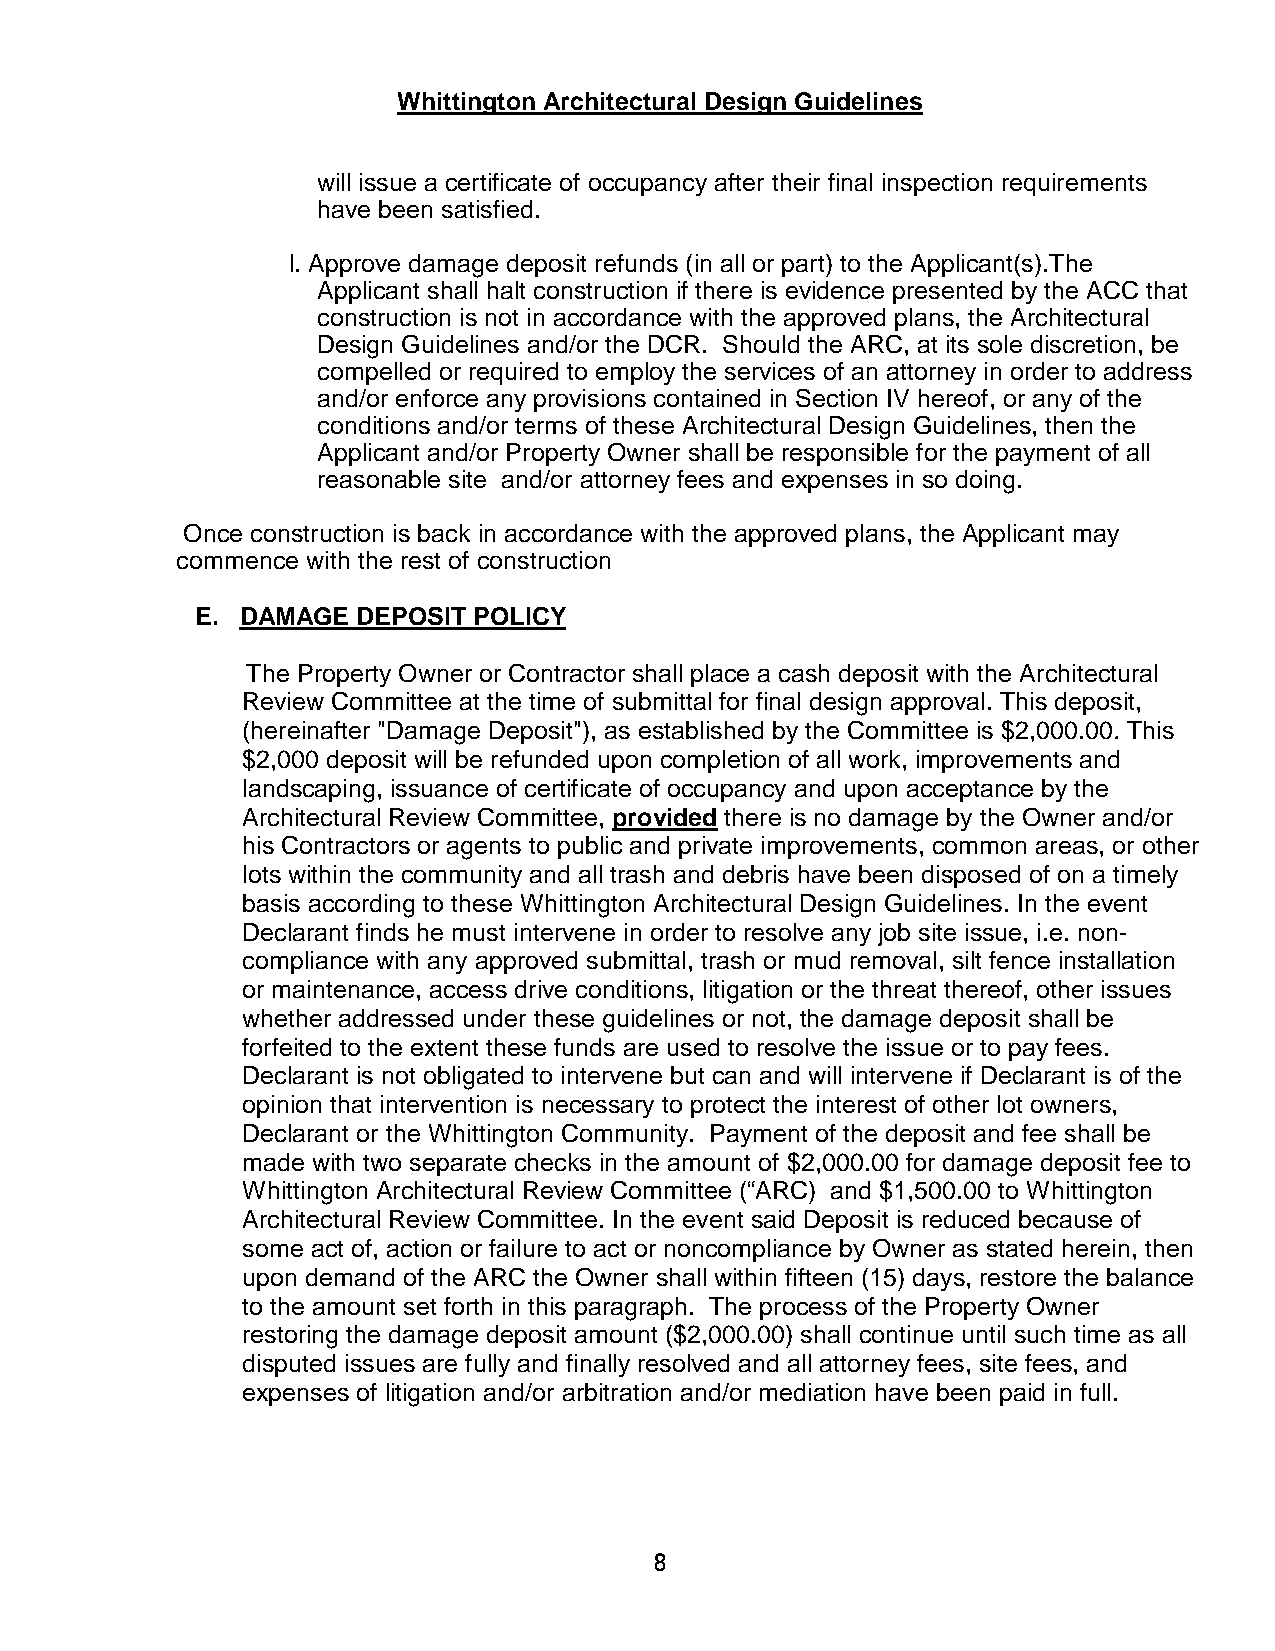
Whittington Architectural Design Guidelines
 will issue a certificate of occupancy after their final inspection requirements
 have been satisfied.
 l. Approve damage deposit refunds (in all or part) to the Applicant(s).The
 Applicant shall halt construction if there is evidence presented by the ACC that
 construction is not in accordance with the approved plans, the Architectural
 Design Guidelines and/or the DCR. Should the ARC, at its sole discretion, be
 compelled or required to employ the services of an attorney in order to address
 and/or enforce any provisions contained in Section IV hereof, or any of the
 conditions and/or terms of these Architectural Design Guidelines, then the
 Applicant and/or Property Owner shall be responsible for the payment of all
 reasonable site and/or attorney fees and expenses in so doing.
 Once construction is back in accordance with the approved plans, the Applicant may
 commence with the rest of construction
 E. DAMAGE  DEPOSIT POLICY
 The Property Owner or Contractor shall place a cash deposit with the Architectural
 Review Committee at the time of submittal for final design approval. This deposit,
 (hereinafter "Damage Deposit"), as established by the Committee is $2,000.00. This
 $2,000 deposit will be refunded upon completion of all work, improvements and
 landscaping, issuance of certificate of occupancy and upon acceptance by the
 Architectural Review Committee, provided there is no damage by the Owner and/or
 his Contractors or agents to public and private improvements, common areas, or other
 lots within the community and all trash and debris have been disposed of on a timely
 basis according to these Whittington Architectural Design Guidelines. In the event
 Declarant finds he must intervene in order to resolve any job site issue, i.e. non-
 compliance with any approved submittal, trash or mud removal, silt fence installation
 or maintenance, access drive conditions, litigation or the threat thereof, other issues
 whether addressed under these guidelines or not, the damage deposit shall be
 forfeited to the extent these funds are used to resolve the issue or to pay fees.
 Declarant is not obligated to intervene but can and will intervene if Declarant is of the
 opinion that intervention is necessary to protect the interest of other lot owners,
 Declarant or the Whittington Community. Payment of the deposit and fee shall be
 made with two separate checks in the amount of $2,000.00 for damage deposit fee to
 Whittington Architectural Review Committee (“ARC) and $1,500.00 to Whittington
 Architectural Review Committee. In the event said Deposit is reduced because of
 some act of, action or failure to act or noncompliance by Owner as stated herein, then
 upon demand of the ARC the Owner shall within fifteen (15) days, restore the balance
 to the amount set forth in this paragraph. The process of the Property Owner
 restoring the damage deposit amount ($2,000.00) shall continue until such time as all
 disputed issues are fully and finally resolved and all attorney fees, site fees, and
 expenses of litigation and/or arbitration and/or mediation have been paid in full.
 8